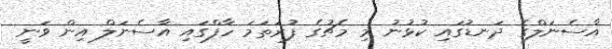
އާސެނަލްގެ ދަނޑުގައި ކުޅުނު މި މެޗުގެ ފުރަތަމަ ހާފްގައި އާސެނަލް އިން ވަނީ